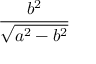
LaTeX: \frac { b ^ { 2 } } { \sqrt { a ^ { 2 } - b ^ { 2 } } }